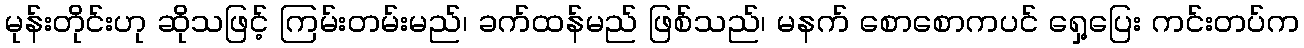
မုန်းတိုင်းဟု ဆိုသဖြင့် ကြမ်းတမ်းမည်၊ ခက်ထန်မည် ဖြစ်သည်၊ မနက် စောစောကပင် ရှေ့ပြေး ကင်းတပ်က